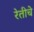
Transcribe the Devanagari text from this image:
रेतीचे